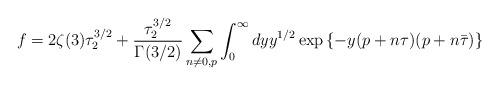
LaTeX: \begin{align*} f=2\zeta(3)\tau_2^{3/2} +{\tau_2^{3/2}\over \Gamma(3/2)}\sum_{n\neq 0,p }\int_0^{\infty}dyy^{1/2}\exp\left\{-y(p+n\tau)(p+n\bar{\tau})\right\}\end{align*}